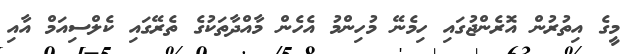
މީގެ އިތުރުން އޮރެންޖުގައި ހިމެނޭ މުހިންމު އެހެން މާއްދާތަކުގެ ތެރޭގައި ކެލްސިއަމް އާއި